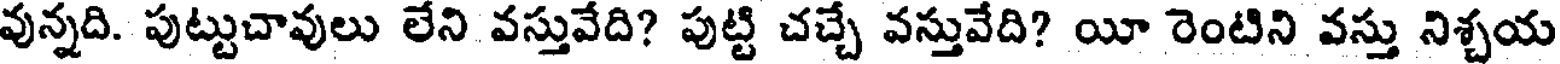
వున్నది. పుట్టుచావులు లేని వస్తువేది? పుట్టి చచ్చే వస్తువేది? యీ రెంటిని వస్తు నిశ్చయ